Plague in India, 1896, 1897 - Volume 2
Year: 1896
Disease focus: Plague
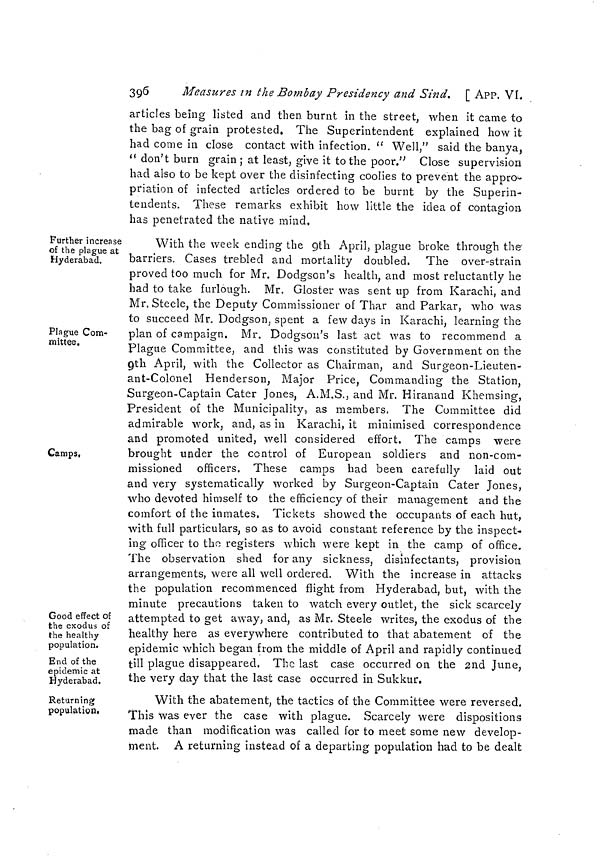
396
Measures in the Bombay Presidency and Sind. [ APP. VI.
articles being listed and then burnt in the street, when it came to
the bag oí grain protested. The Superintendent explained how it
had come in close contact with infection. " Welll," said the banya,
"don't burn grain; at least, give it to the poor." Close supervision
had also to be kept over the disinfecting coolies to prevent the appro-
priation of infected articles ordered to be burnt by the Superin-
tendents. These remarks exhibit how little the idea of contagion
has penetrated the native mind.
Further increase
of the plague at
Hyderabad,
With the week ending the 9th April, plague broke through the
barriers. Cases trebled and mortality doubled. The over-strain
proved too much for Mr. Dodgson's health, and most reluctantly he
had to take furlough. Mr. Gloster was sent up from Karachi, and
Mr. Steele, the Deputy Commissioner of Thar and Parkar, who was
to succeed Mr. Dodgson, spent a few days in Karachi, learning the
Plague Com-
mittee.
plan of campaign. Mr. Dodgson's last act was to recommend a
Plague Committee, and this was constituted by Government on the
9th April, with the Collector as Chairman, and Surgeon-Lieuten-
ant-Colonel Henderson, Major Price, Commanding the Station,
Surgeon-Captain Cater Jones, A.M.S., and Mr. Hiranand Khemsing,
President of the Municipality, as members. The Committee did
admirable work, and, as in Karachi, it minimised correspondence
and promoted united, well considered effort. The camps were
Camps.
brought under the control of European soldiers and non-com-
missioned officers. These camps had been carefully
laid out
and very systematically worked by Surgeon-Captain Cater Jones,
who devoted himself to the efficiency of their management and the
comfort of the inmates. Tickets showed the occupants of each hut,
with full particulars, so as to avoid constant reference by the inspect-
ing officer to the registers which were kept in the camp of office.
The observation shed for any sickness, disinfectants, provision
arrangements, were all well ordered. With the increase in attacks
O
'
the population recommenced flight from Hyderabad, but, with the
minute precautions taken to watch every outlet, the sick scarcely
Good effect of
the exodus of
the healthy
population.
End of the
epidemic at
Hyderabad.
attempted to get away, and, as Mr. Steele writes, the exodus of the
healthy here as everywhere contributed to that abatement of the
epidemic which began from the middle of April and rapidly continued
till plague disappeared. The last case occurred on the 2nd June,
the very day that the last case occurred in Sukkur.
Returning
population.
With the abatement, the tactics of the Committee were reversed.
This was ever the case with plague. Scarcely were dispositions
made than modification was called for to meet some new develop-
ment. A returning instead of a departing population had to be dealt